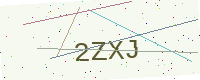
Text: 2ZXJ